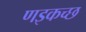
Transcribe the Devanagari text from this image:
णइकच्छ